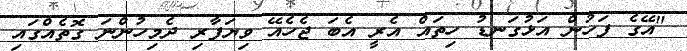
"އޭގެ ފަހުން އަޅުގަނޑު ހިތައް އެރީ އެބަ ޖެހެއޭ ވިޔަފާރި ދެމިހުންނަ ގޮތެއްގައި